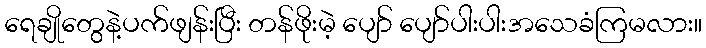
ရေချိုတွေနဲ့ပက်ဖျန်းပြီး တန်ဖိုးမဲ့ ပျော် ပျော်ပါးပါးအသေခံကြမလား။